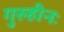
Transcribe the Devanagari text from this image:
गुरुहीनः